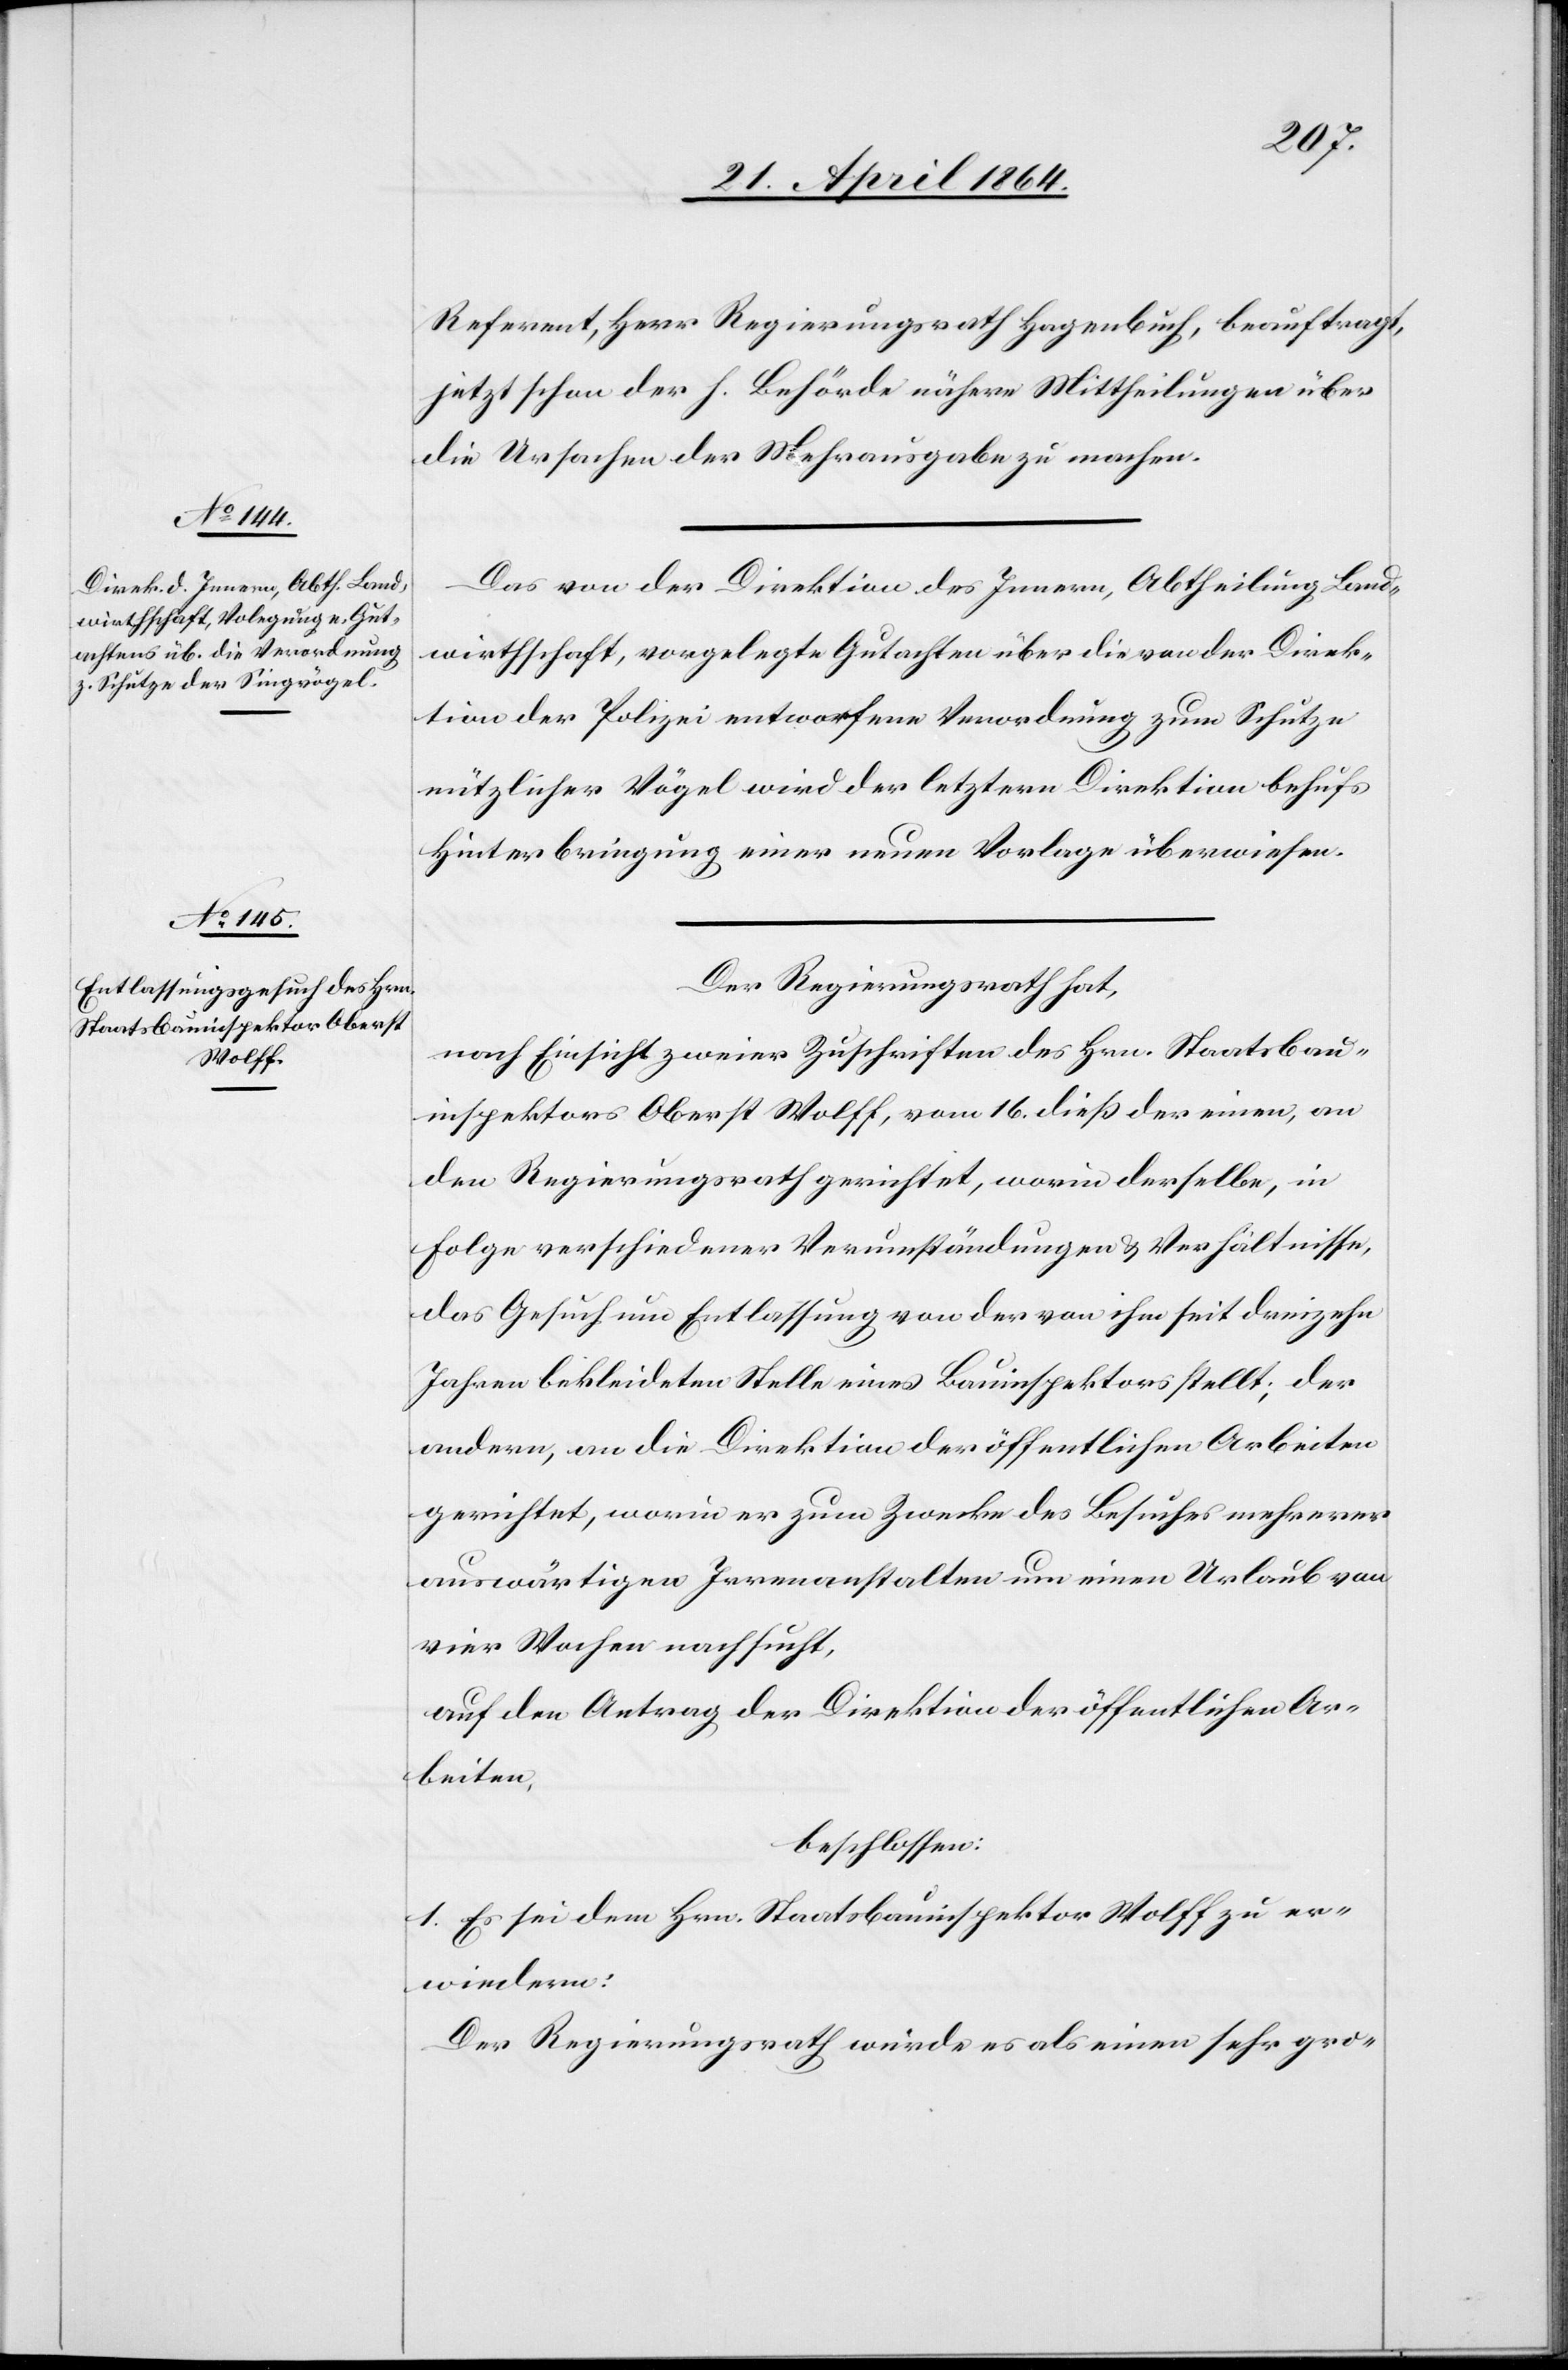
Referent, Herr Regierungsrath Hagenbuch, beauftragt,
jetzt schon der h. Behörde nähere Mittheilungen über
die Ursachen der Mehrausgabe zu machen.
Das von der Direktion des Innern, Abtheilung Land¬
wirthschaft, vorgelegte Gutachten über die von der Direk¬
tion der Polizei entworfene Verordnung zum Schutze
nützlicher Vögel wird der letztern Direktion behufs
Hinterbringung einer neuen Vorlage überwiesen.
Der Regierungsrath hat,
nach Einsicht zweier Zuschriften des Hrn. Staatsbau¬
inspektors Oberst Wolff, vom 16. dieß der einen, an
den Regierungsrath gerichtet, worin derselbe, in
Folge verschiedener Verumständigungen u. Verhältnisse,
das Gesuch um Entlassung von der von ihm seit dreizehn
Jahren bekleideten Stelle eines Bauinspektors stellt; der
andern, an die Direktion der öffentlichen Arbeiten
gerichtet, worin er zum Zwecke des Besuches mehrerer
auswärtigen Irrenanstalten um einen Urlaub von
vier Wochen nachsucht,
auf den Antrag der Direktion der öffentlichen Ar¬
beiten.
beschlossen:
1. Es sei dem Hrn. Staatsbauinspektor Wolff zu er¬
wiedern:
Der Regierungsrath würde es als einen sehr gro-